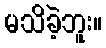
မသိခဲ့ဘူး။